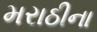
મરાઠીના